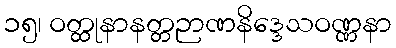
၁၅၊ ဝတ္ထုနာနတ္တဉာဏနိဒ္ဒေသဝဏ္ဏနာ